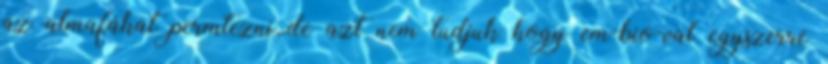
az almafákat permtezni,.de azt nem tudjuk hogy em-bio-val egyszerre